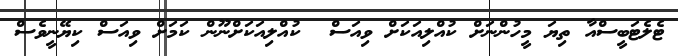
ޓެލެޓަބީސްއާ ތިޔަ މީހުންނަށް ކުއްލިއަކަށް ވިއަސް  ކުއްލިއަކަށްނޫން ކަމަށް ވިއަސް ކިޔޭނީވެސް